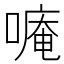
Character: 𫫡